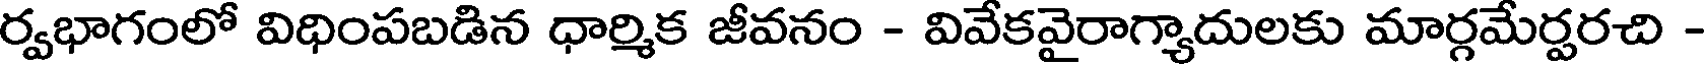
ర్వభాగంలో విధింపబడిన ధార్మిక జీవనం - వివేకవైరాగ్యాదులకు మార్గమేర్పరచి -